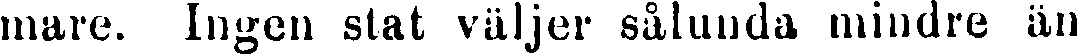
mare. Ingen stat väljer sålunda mindre än